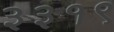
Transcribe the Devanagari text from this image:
३३१९